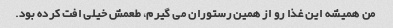
من همیشه این غذا رو از همین رستوران مى گیرم، طعمش خیلى افت کرده بود.